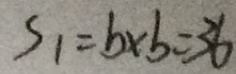
S _ { 1 } = 6 \times 6 = 3 6